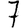
Digit: 7